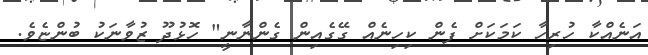
އަނެއްކާ ހުރިހާ ކަމަކަށް ފެން ކިހިނެއް ގޭގެއިން ގެންނާނީ" ހޮޅުދޫ ޒުވާނަކު ބުންޏެވެ.